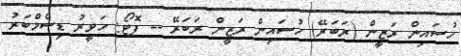
ހުސައިން ރަޒީން (ރަބަރޭ) ހުސައިން ރަޒީން ރަަބަރޭ -- ފޮޓޯ: ހަވީރު ޑިސެމްބަރު